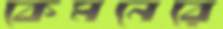
কেমনেরে